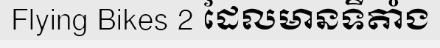
Flying Bikes 2 ដែលមានទីតាំង